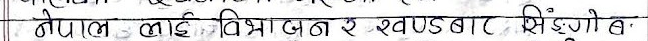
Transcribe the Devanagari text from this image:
नेपाल लाई विभाजन र खण्डुस्‌ बार सिंगो ब